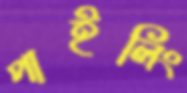
পাইলিং